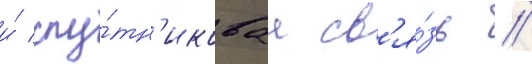
и́ спу́тн'иковаа св'я́зь //